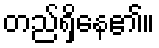
တည်ရှိနေ၏။